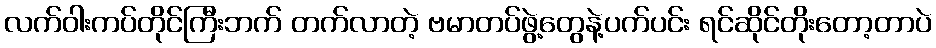
လက်ဝါးကပ်တိုင်ကြီးဘက် တက်လာတဲ့ ဗမာတပ်ဖွဲ့တွေနဲ့ပက်ပင်း ရင်ဆိုင်တိုးတော့တာပဲ